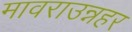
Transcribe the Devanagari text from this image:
मावराउन्नहर